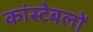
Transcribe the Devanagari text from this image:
कांस्‍टेबलों